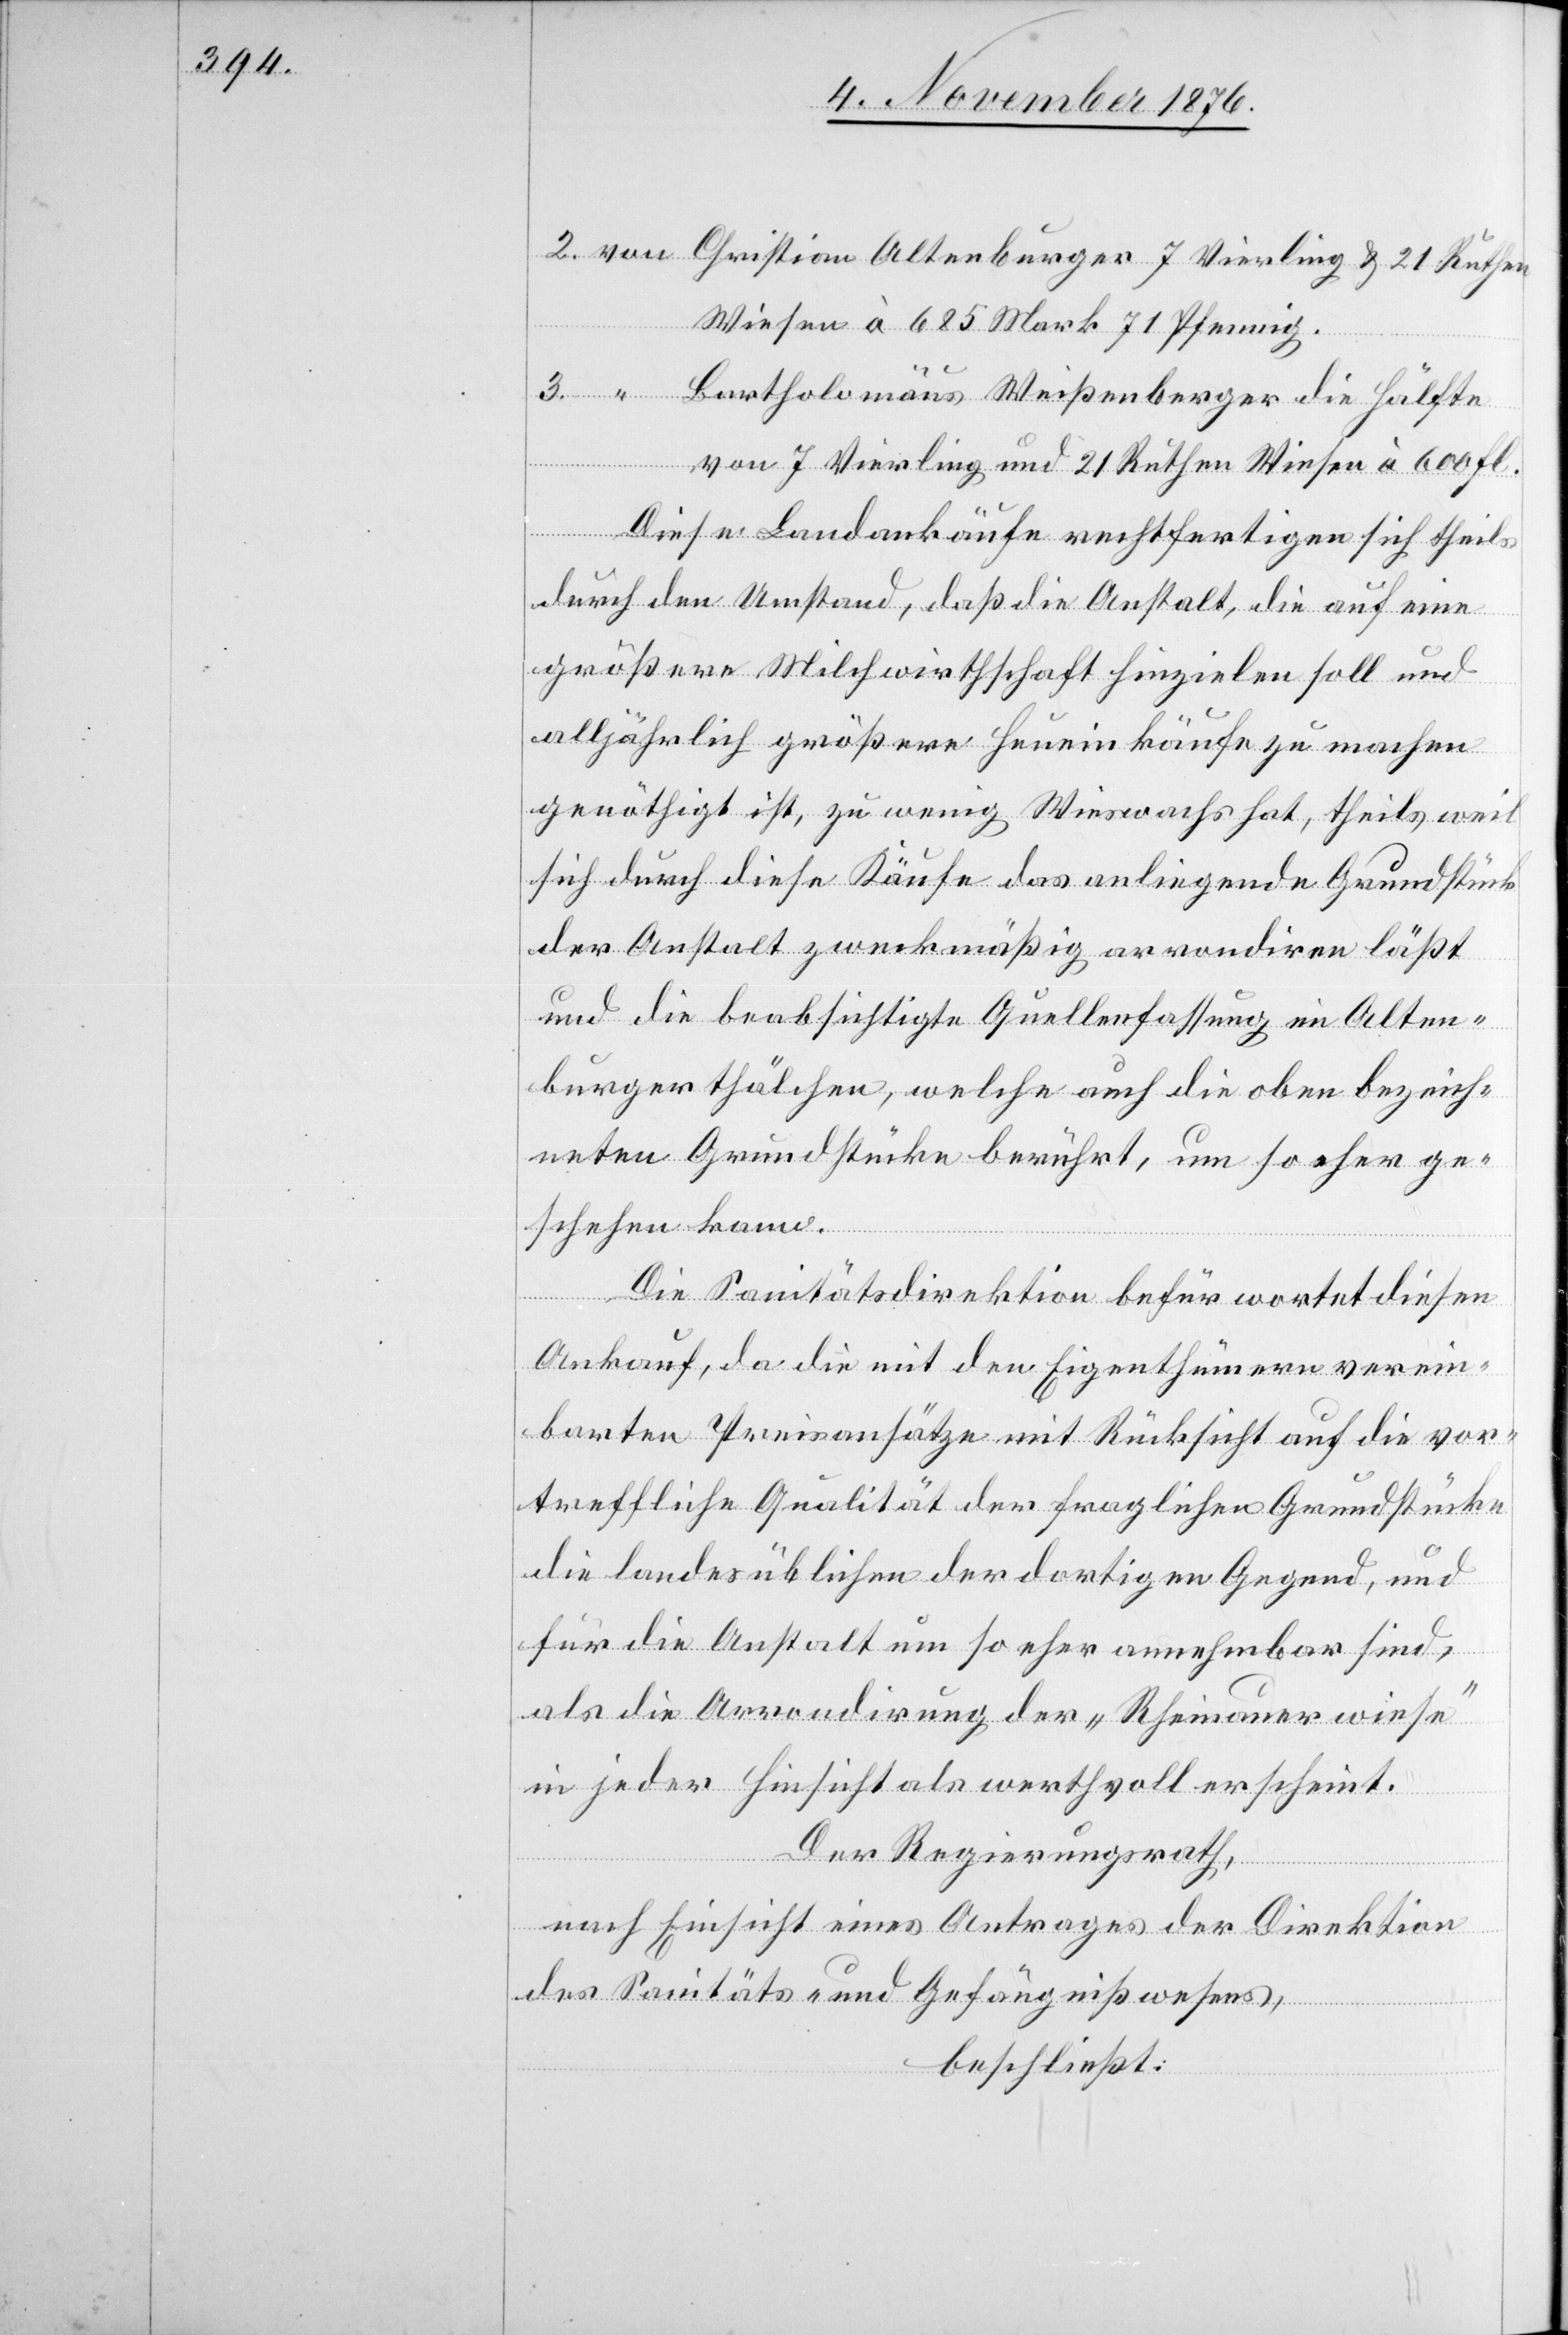
Wiesen à 685 Mark 71 Pfennig.
Bartholomäus Weißenberger die Hälfte
von 7 Vierling und 21 Ruthen Wiesen à 600 Fl.
Diese Landankäufe rechtfertigen sich theils
durch den Umstand, daß die Anstalt, die auf eine
größere Milchwirthschaft hinzielen soll und
alljährlich größere Heueinkäufe zu machen
genöthigt ist, zu wenig Wieswachs hat, theils weil
sich durch diese Käufe das anliegende Grundstück
der Anstalt zweckmäßig arrondiren läßt
und die beabsichtigte Quellenfassung im Alten¬
burgerthälchen, welche auch die oben bezeich¬
neten Grundstücke berührt, um so eher ge¬
schehen kann.
Die Sanitätsdirektion befürwortet diesen
Ankauf, da die mit den Eigenthümern verein¬
barten Preisansätze mit Rücksicht auf die vor¬
treffliche Qualität der fraglichen Grundstücke
die landesüblichen der dortigen Gegend, und
für die Anstalt um so eher annehmbar sind,
als die Arrondirung der „Rheinauerwiese“
in jeder Hinsicht als werthvoll erscheint.
Der Regierungsrath,
nach Einsicht eines Antrages der Direktion
des Sanitäts- und Gefängnißwesens,
beschließt: